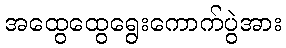
အထွေထွေရွေးကောက်ပွဲအား